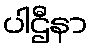
ပါဌီနာ